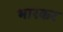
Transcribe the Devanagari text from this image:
भारकर